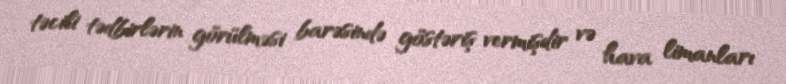
təcili tədbirlərin görülməsi barəsində göstəriş vermişdir və hava limanları